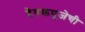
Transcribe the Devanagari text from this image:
देवकपूजेची